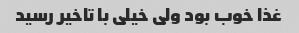
غذا خوب بود ولی خیلی با تاخیر رسید